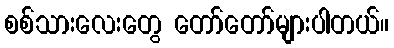
စစ်သားလေးတွေ တော်တော်များပါတယ်။